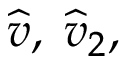
\widehat { v } , \; \widehat { v } _ { 2 } ,